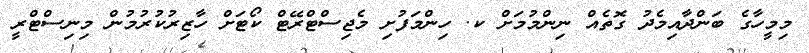
މިމީހާގެ ބަންދާއިމެދު ގޮތެއް ނިންމުމަށް ކ. ހިންމަފުށި މެޖިސްޓްރޭޓް ކޯޓަށް ހާޒިރުކުރުމުން މިނިސްޓްރީ